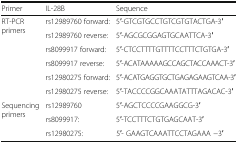
<table><thead><tr><td><b>Primer</b></td><td><b>IL-28B</b></td><td><b>Sequence</b></td></tr></thead><tbody><tr><td rowspan="6">RT-PCR primers</td><td>rs12989760 forward:</td><td>5′-GTCGTGCCTGTCGTGTACTGA-3′</td></tr><tr><td>rs12989760 reverse:</td><td>5′-AGCGCGGAGTGCAATTCA-3′</td></tr><tr><td>rs8099917 forward:</td><td>5′-CTCCTTTTGTTTTCCTTTCTGTGA-3′</td></tr><tr><td>rs8099917 reverse:</td><td>5′-ACATAAAAAGCCAGCTACCAAACT-3′</td></tr><tr><td>rs12980275 forward:</td><td>5′-ACATGAGGTGCTGAGAGAAGTCAA-3′</td></tr><tr><td>rs12980275 reverse:</td><td>5′-TACCCCGGCAAATATTTAGACAC-3′</td></tr><tr><td rowspan="3">Sequencing primers</td><td>rs12989760</td><td>5′-AGCTCCCCGAAGGCG-3′</td></tr><tr><td>rs8099917:</td><td>5′-TCCTTTCTGTGAGCAAT-3′</td></tr><tr><td>rs12980275:</td><td>5′- GAAGTCAAATTCCTAGAAA −3′</td></tr></tbody></table>